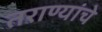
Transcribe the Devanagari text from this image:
तराण्यांचे